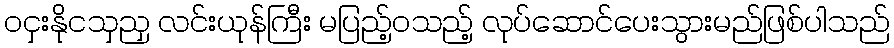
ဝငှးနိုငသှညှ လင်းယုန်ကြီး မပြည့်ဝသည့် လုပ်ဆောင်ပေးသွားမည်ဖြစ်ပါသည်